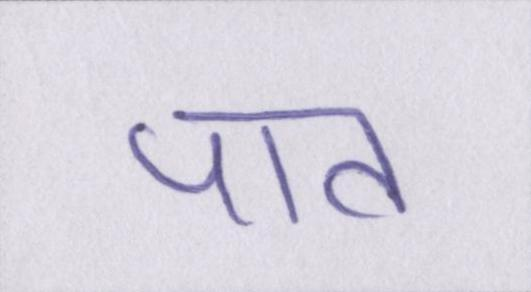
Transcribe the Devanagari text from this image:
पात